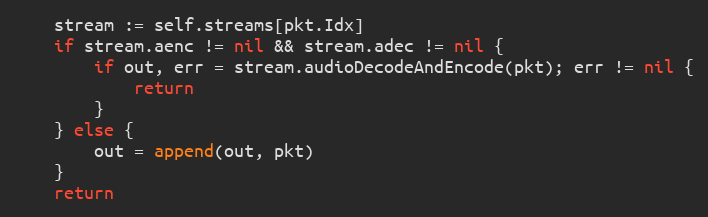
Language: Go
	stream := self.streams[pkt.Idx]
	if stream.aenc != nil && stream.adec != nil {
		if out, err = stream.audioDecodeAndEncode(pkt); err != nil {
			return
		}
	} else {
		out = append(out, pkt)
	}
	return